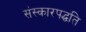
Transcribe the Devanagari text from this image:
संस्कारपद्धति